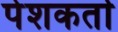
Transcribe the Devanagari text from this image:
पेशकर्ता